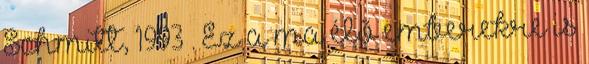
Schmitt, 1993 . Ez a ma élő emberekre is